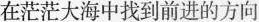
在茫茫大海中找到前进的方向